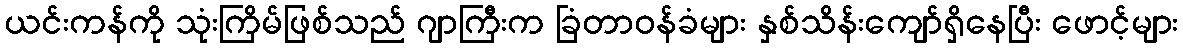
ယင်းကန်ကို သုံးကြိမ်ဖြစ်သည် ဂျာကြီးက ခြံတာဝန်ခံများ နှစ်သိန်းကျော်ရှိနေပြီး ဖောင့်များ